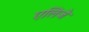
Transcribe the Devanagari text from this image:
एलिजे